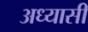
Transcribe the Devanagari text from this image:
अध्यासी